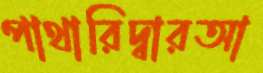
পাথারিদ্বারআ